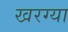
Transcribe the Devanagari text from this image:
खरग्या